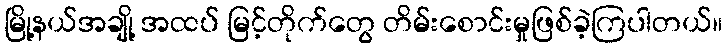
မြို့နယ်အချို့ အထပ် မြင့်တိုက်တွေ တိမ်းစောင်းမှုဖြစ်ခဲ့ကြပါတယ်။